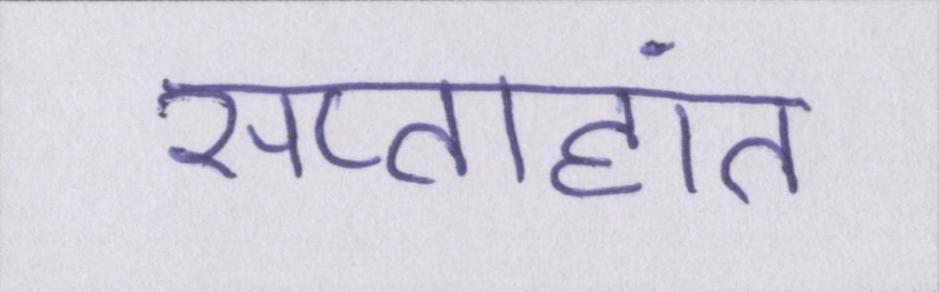
सप्ताहांत